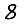
Digit: 8